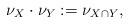
LaTeX: \begin{align*}\nu_X \cdot \nu_Y := \nu_{X\cap Y},\end{align*}